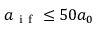
a _ { \mathrm { ~ i ~ f ~ } } \leq 5 0 a _ { 0 }